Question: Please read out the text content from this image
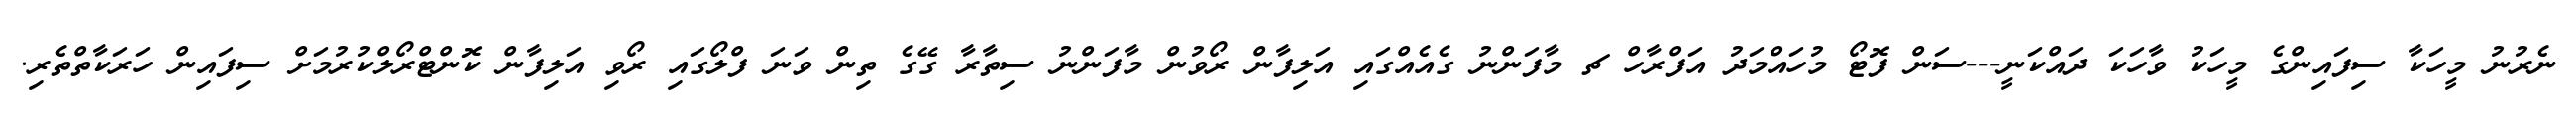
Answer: ނެރުނު މީހަކާ ސިފައިންގެ މީހަކު ވާހަކަ ދައްކަނީ---ސަން ފޮޓޯ މުހައްމަދު އަފްރާހް ޗ މާފަންނު ގެއެއްގައި އަލިފާން ރޯވުން މާފަންނު ސިތާރާ ގޭގެ ތިން ވަނަ ފްލޯގައި ރޯވި އަލިފާން ކޮންޓްރޯލްކުރުމަށް ސިފައިން ހަރަކާތްތެރި.